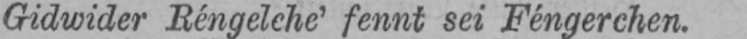
Gidwider Réngelehe’ fennt sei Féngerchen.